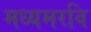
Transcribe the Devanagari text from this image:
मध्यमरवि